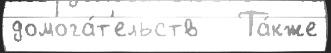
домога́т'ельств   Та́кже